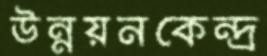
উন্নয়নকেন্দ্র